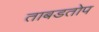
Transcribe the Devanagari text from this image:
ताबडतोप